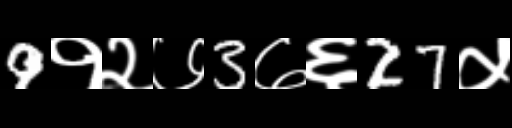
Text: 9१२७3७६27५